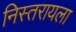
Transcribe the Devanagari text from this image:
निस्तरायला